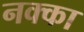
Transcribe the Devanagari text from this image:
नक्का